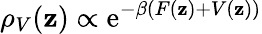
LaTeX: \rho_{V}(\mathbf{z})\propto\operatorname{e}^{-\beta(F(\mathbf{z})+V(\mathbf{z}))}